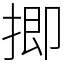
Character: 揤